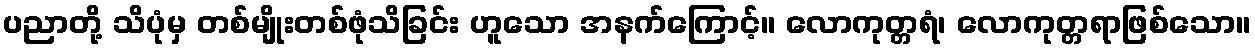
ပညာတို့ သိပုံမှ တစ်မျိုးတစ်ဖုံသိခြင်း ဟူသော အနက်ကြောင့်။ လောကုတ္တရံ၊ လောကုတ္တရာဖြစ်သော။